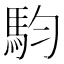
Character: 𮹁